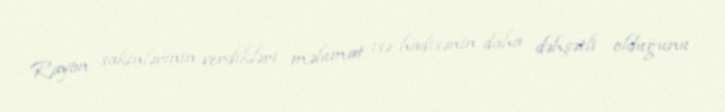
Rayon sakinlərinin verdikləri məlumat isə hadisənin daha dəhşətli olduğunu